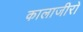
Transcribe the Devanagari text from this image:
कालाजीरो